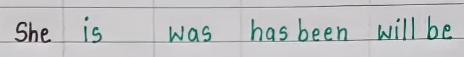
She     is        was      has been     will be